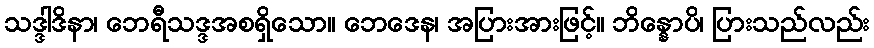
သဒ္ဒါဒိနာ၊ ဘေရီသဒ္ဒအစရှိသော။ ဘေဒေန၊ အပြားအားဖြင့်။ ဘိန္နောပိ၊ ပြားသည်လည်း